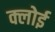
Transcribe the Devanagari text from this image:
क्लोई